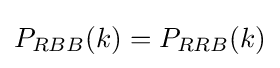
P_{RBB}(k)=P_{RRB}(k)